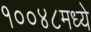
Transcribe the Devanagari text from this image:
१००४८मध्ये